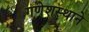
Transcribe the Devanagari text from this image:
गणेशस्थाने